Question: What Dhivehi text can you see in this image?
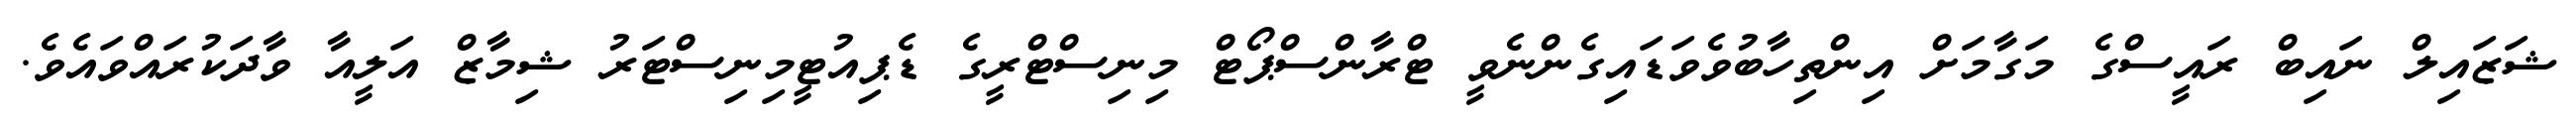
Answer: ޝަޒައިލް ނައިބް ރައީސްގެ މަގާމަށް އިންތިހާބުވެވަޑައިގެންނެވީ ޓްރާންސްޕޯޓް މިނިސްޓްރީގެ ޑެޕިއުޓީމިނިސްޓަރު ޝިމާޒް އަލީއާ ވާދަކުރައްވައެވެ.